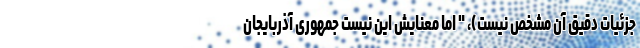
جزئیات دقیق آن مشخص نیست)، " اما معنایش این نیست جمهوری آذربایجان